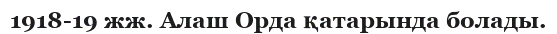
1918-19 жж. Алаш Орда қатарында болады.